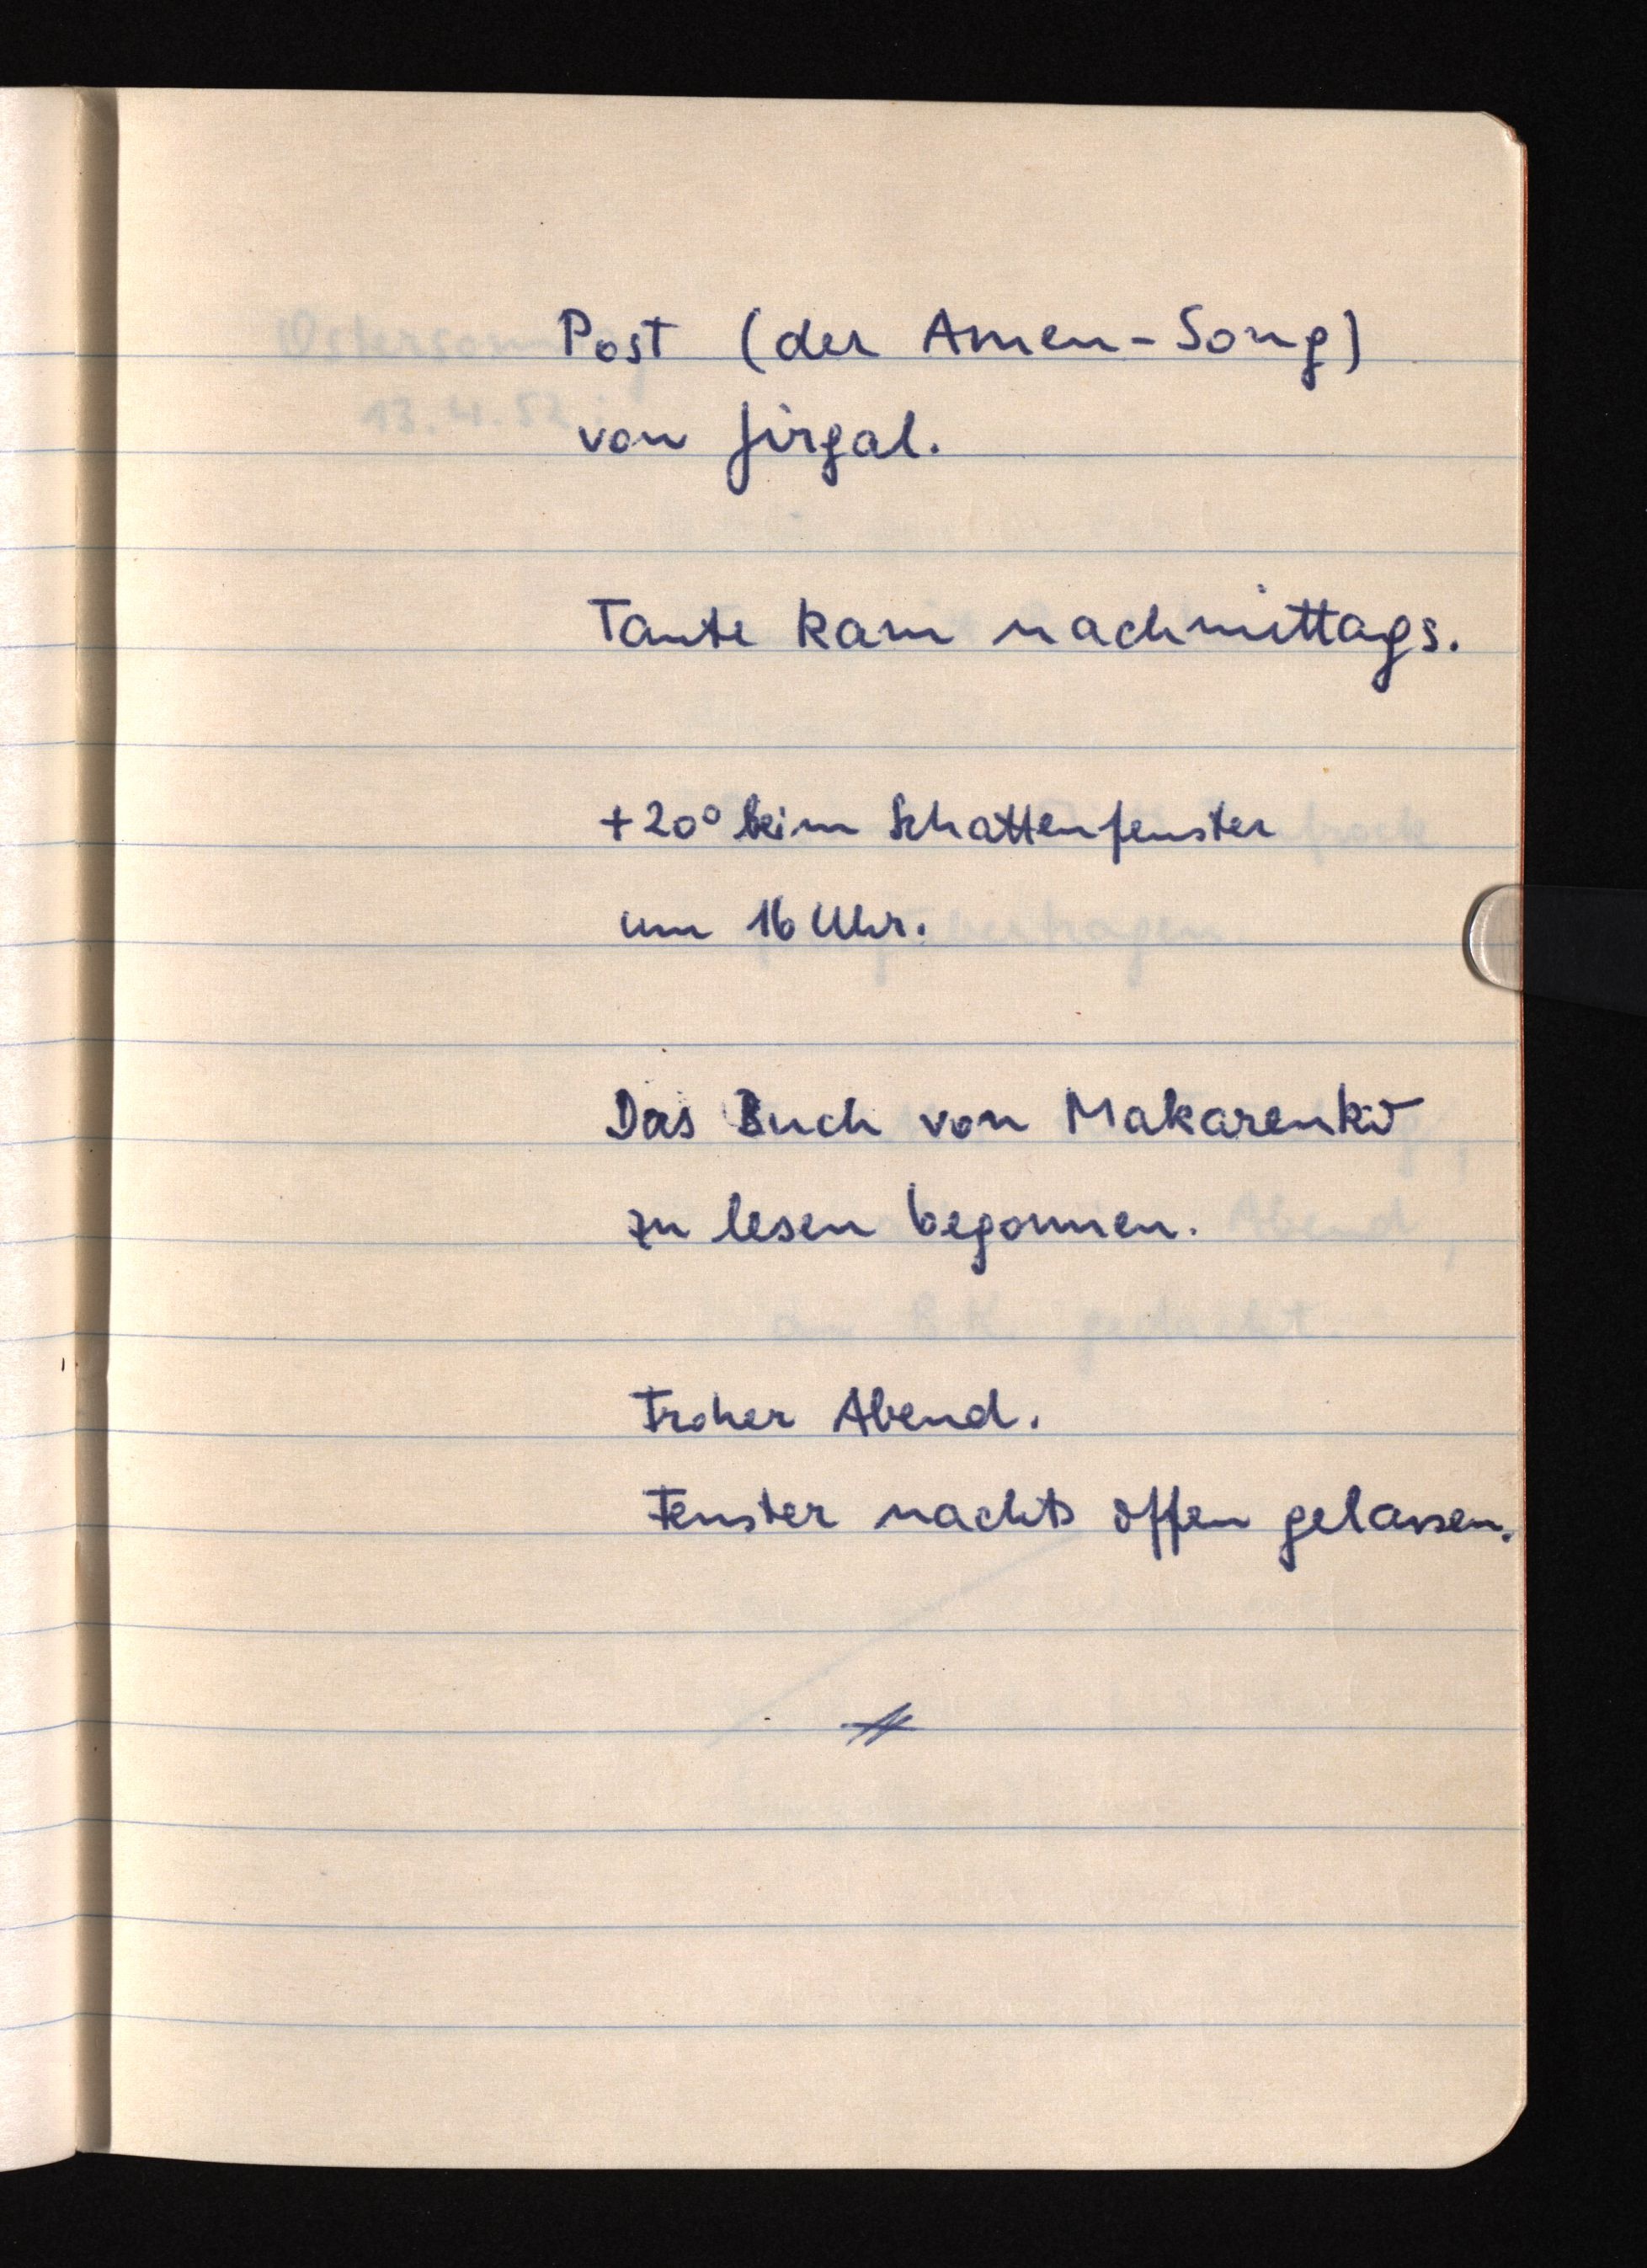
Post (der Amen-Song)
von Jirgal.
Tante kam nachmittags.
+20° beim Schattenfenster
um 16 Uhr.
Das Buch von Makarenko
zu lesen begonnen.
Froher Abend.
Fenster nachts offen gelassen.